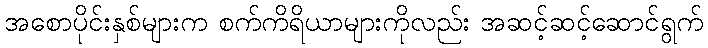
အစောပိုင်းနှစ်များက စက်ကိရိယာများကိုလည်း အဆင့်ဆင့်ဆောင်ရွက်